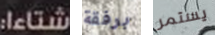
شتاءا: برفقة يستمر